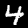
Label: 4